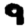
Digit: 9